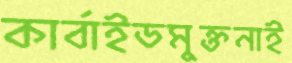
কার্বাইডমুক্তনাই